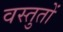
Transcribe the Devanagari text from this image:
वस्तुतों